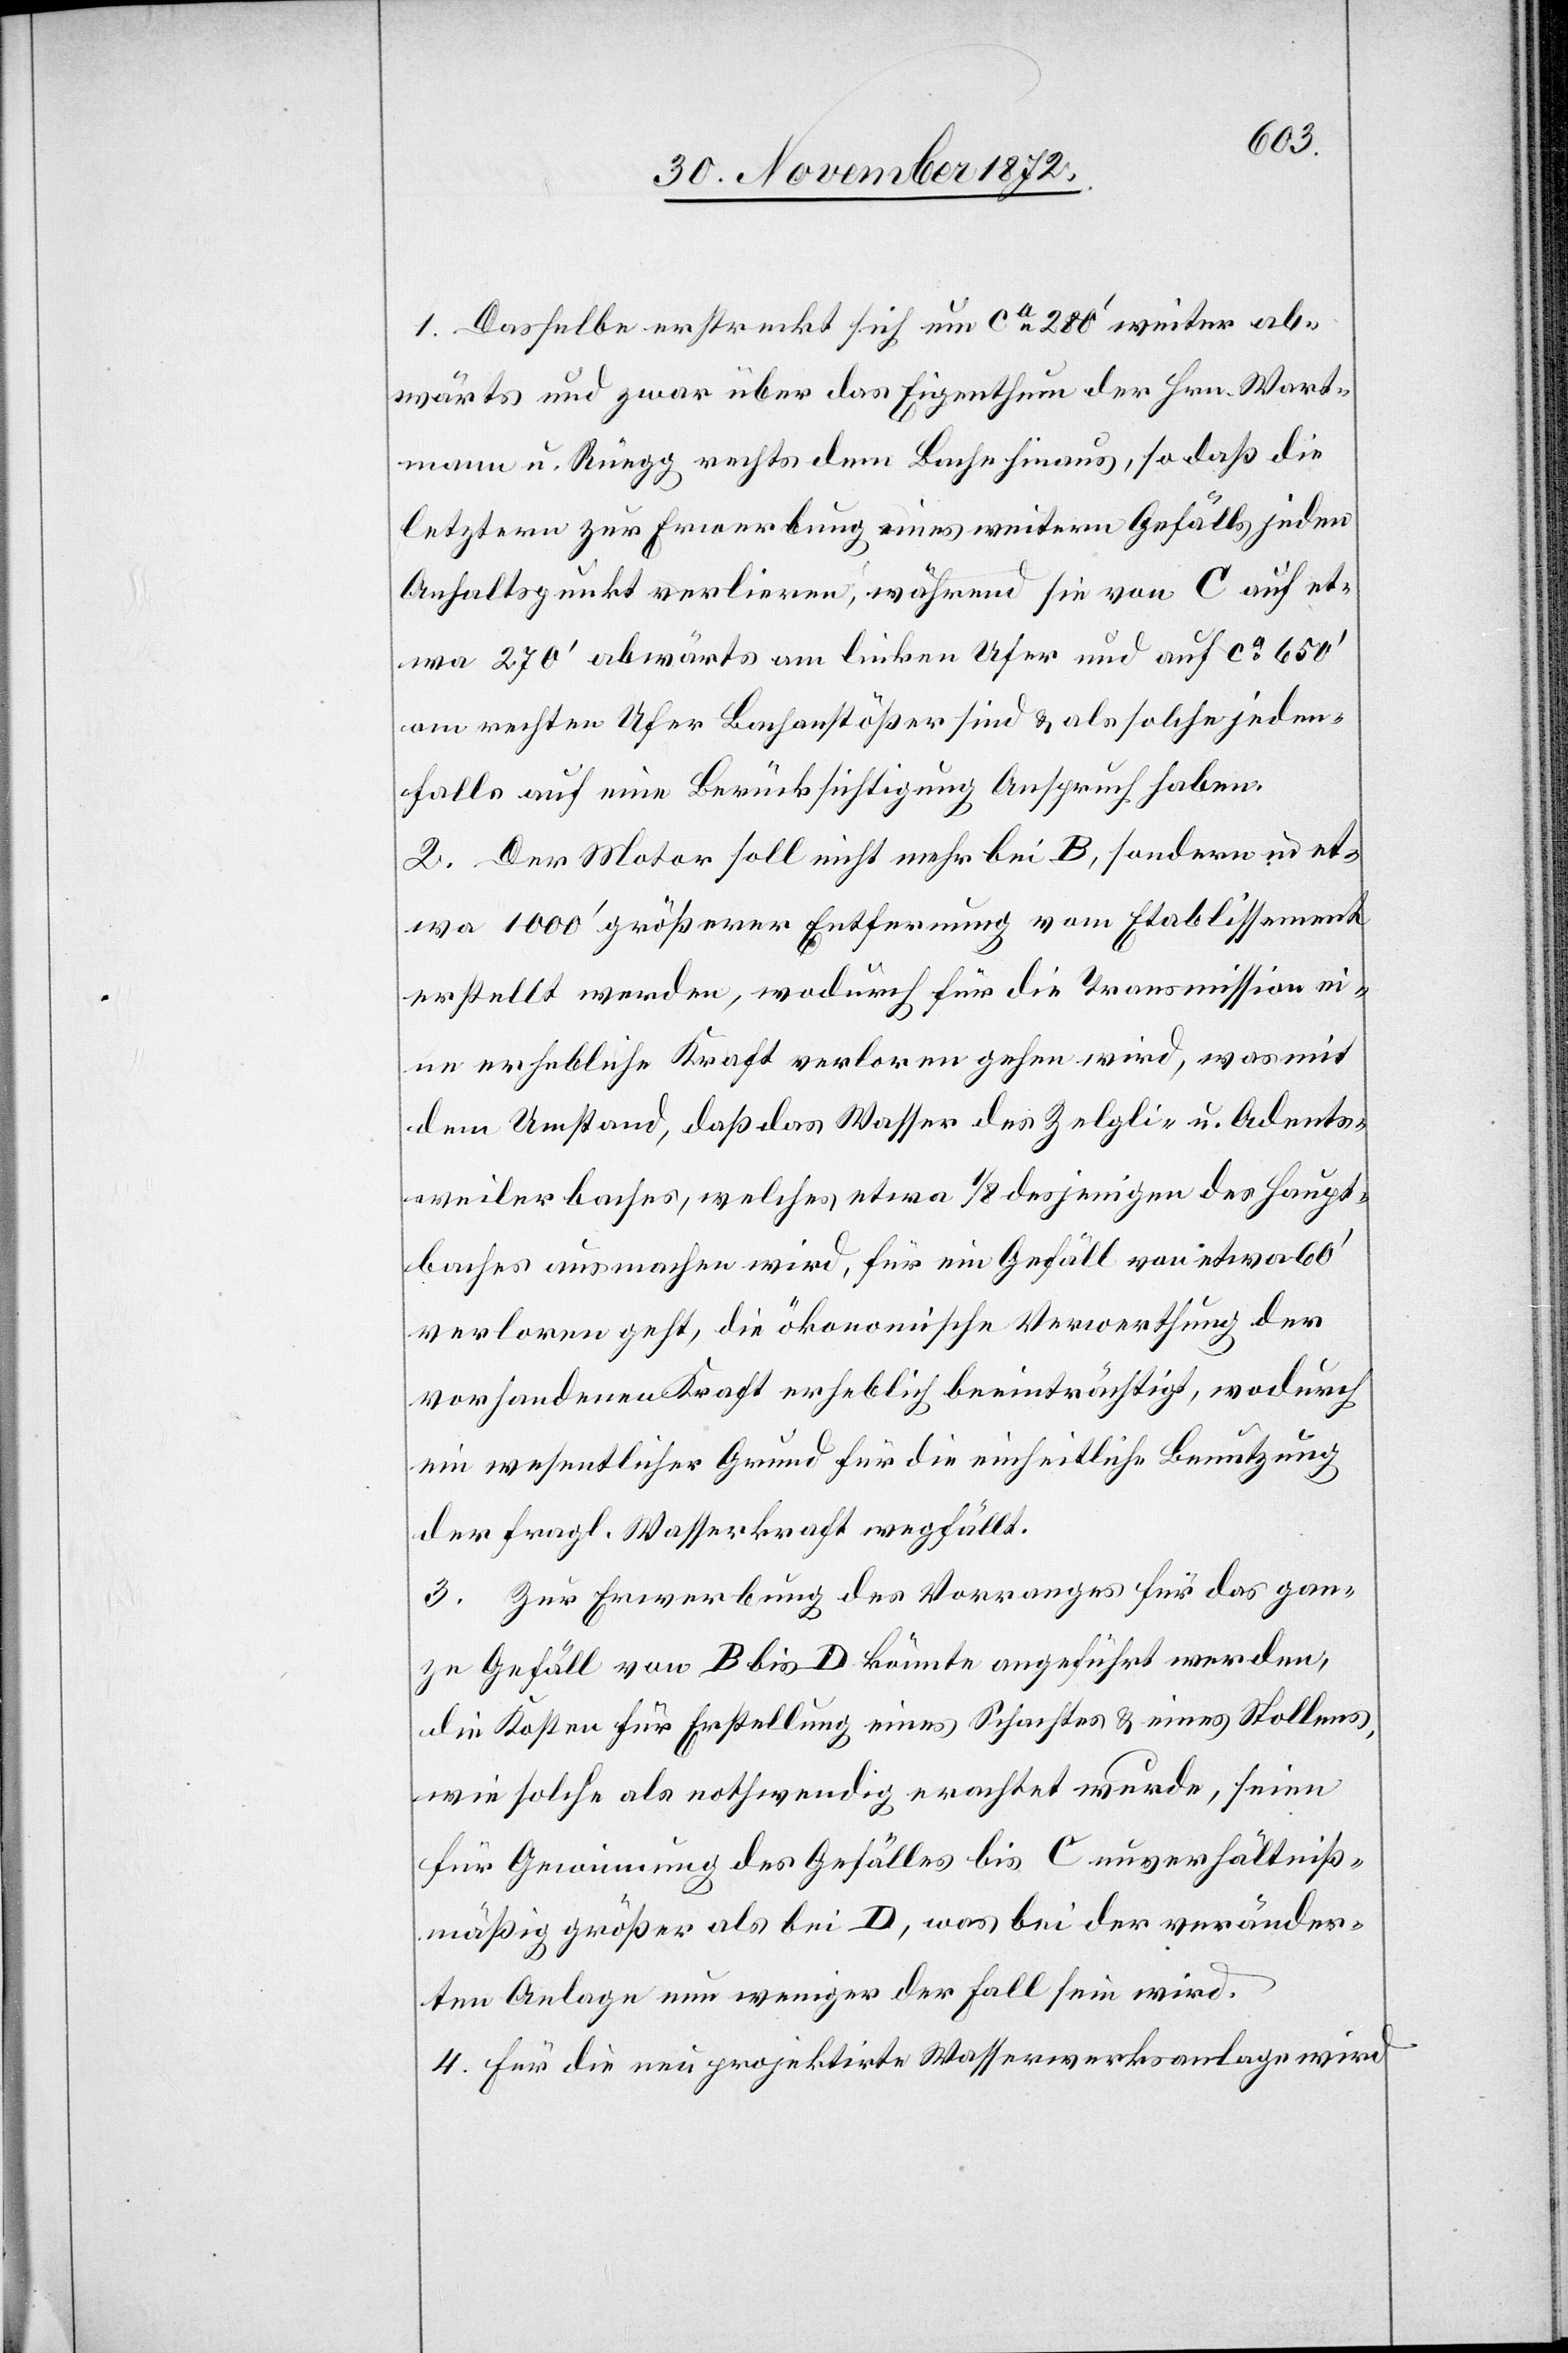
1. Dasselbe erstreckt sich um ca 280’ weiter ab¬
wärts und zwar über das Eigenthum der Hrn. Wart¬
mann u. Rüegg rechts dem Bache hinaus, so daß die
letztern zur Erwerbung eines weitern Gefälls jeden
Anhaltspunkt verlieren, während sie von C auf et¬
wa 270’ abwärts am linken Ufer und auf ca 650’
am rechten Ufer Bachanstößer sind u. als solche jeden¬
falls auf eine Berücksichtigung Anspruch haben.
2. Der Motor soll nicht mehr bei B, sondern in et¬
wa 1 000’ größerer Entfernung vom Etablissement
erstellt werden, wodurch für die Transmission ei¬
ne erhebliche Kraft verloren gehen wird, was mit
dem Umstand, daß das Wasser des Zelgli- u. Adents¬
weilerbaches, welches etwa 1/8 desjenigen des Haupt¬
baches ausmachen wird, für ein Gefäll von etwa 60’
verloren geht, die ökonomische Verwerthung der
vorhandenen Kraft erheblich beeinträchtigt, wodurch
ein wesentlicher Grund für die einheitliche Benutzung
der fragl. Wasserkraft wegfällt.
3. Zur Erwerbung des Vorranges für das gan¬
ze Gefäll von B bis D könnte angeführt werden,
die Kosten für Erstellung eines Schachtes u. eines Stollens,
wie solche als nothwendig erachtet wurden, seien
für Gewinnung des Gefälles bis C unverhältniß¬
mäßig größer als bei D, was bei der veränder¬
ten Anlage nun weniger der Fall sein wird.
4. Für die neu projektirte Wasserwerksanlage wird